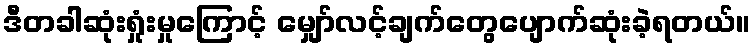
ဒီတခါဆုံးရှုံးမှုကြောင့် မျှော်လင့်ချက်တွေပျောက်ဆုံးခဲ့ရတယ်။